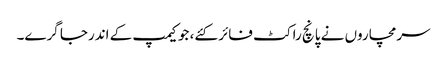
سرمچاروں نے پانچ راکٹ فائر کئے، جو کیمپ کے اندرجا گرے۔